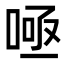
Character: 𭈫